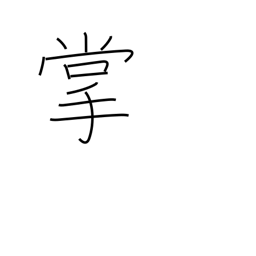
Meaning: palm of hand